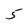
Character: 5